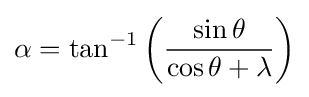
\alpha =\tan ^{-1}\left({\frac {\sin \theta }{\cos \theta +\lambda }}\right)